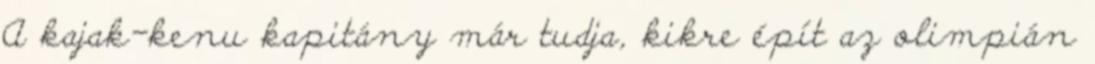
A kajak-kenu kapitány már tudja, kikre épít az olimpián